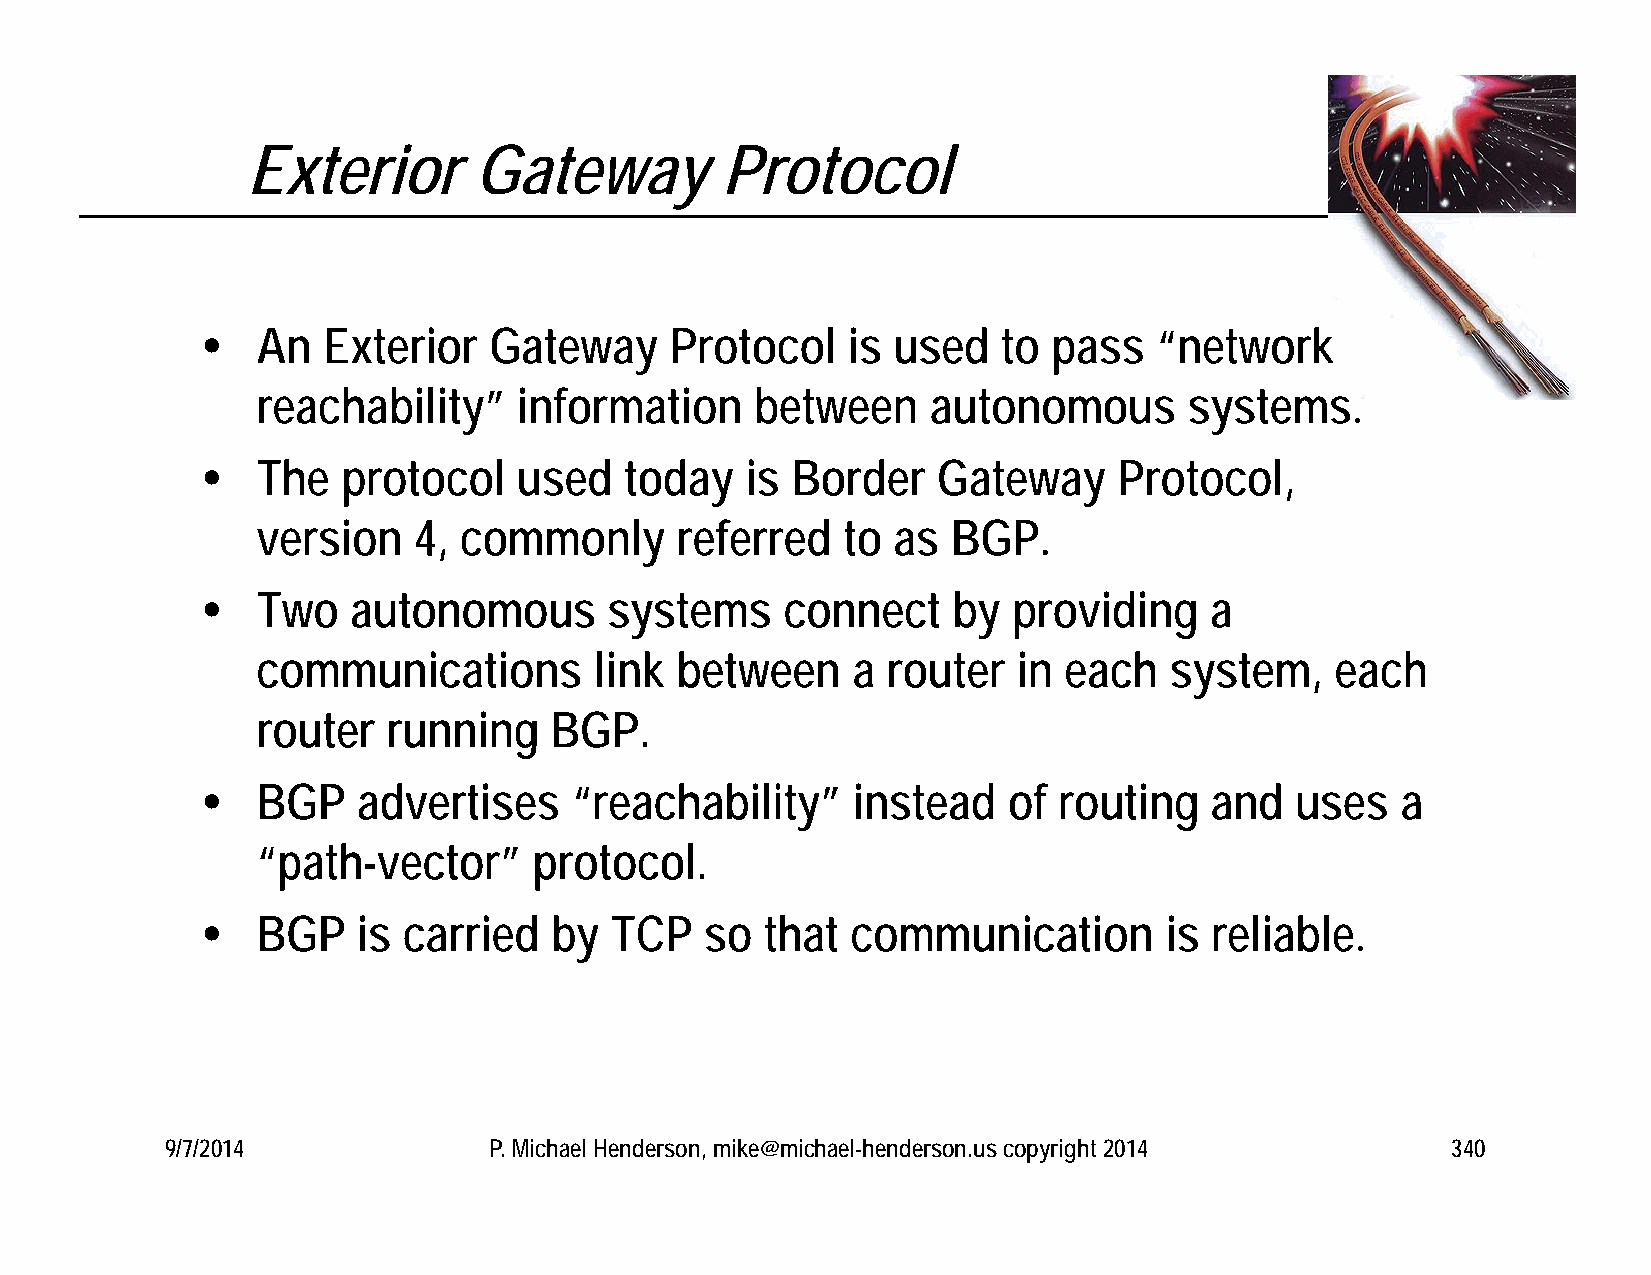
Exterior       Gateway          Protocol
    An  Exterior   Gateway     Protocol    is used   to  pass   “network
 reachability”    information     between     autonomous       systems.
    The   protocol   used   today   is Border    Gateway     Protocol,
 version   4, commonly       referred   to as  BGP.
    Two   autonomous       systems     connect    by  providing    a
 communications        link  between    a  router  in each   system,    each
 router   running   BGP.
    BGP    advertises    “reachability”    instead    of routing   and   uses   a
 “path-vector”     protocol.
    BGP    is carried  by  TCP    so  that communication        is reliable.
 9/7/2014             P. Michael Henderson, mike@michael-henderson.us copyright 2014  340